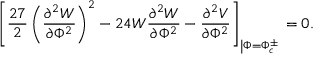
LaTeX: \left[ \frac { 2 7 } { 2 } \left( \frac { \partial ^ { 2 } W } { \partial \Phi ^ { 2 } } \right) ^ { 2 } - 2 4 W \frac { \partial ^ { 2 } W } { \partial \Phi ^ { 2 } } - \frac { \partial ^ { 2 } V } { \partial \Phi ^ { 2 } } \right] _ { \left| \Phi = \Phi _ { c } ^ { \pm } \right. } = 0 .